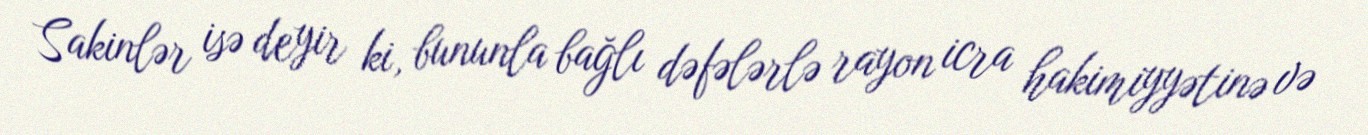
Sakinlər isə deyir ki, bununla bağlı dəfələrlə rayon icra hakimiyyətinə və